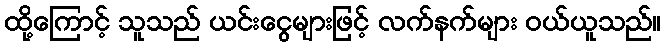
ထို့ကြောင့် သူသည် ယင်းငွေများဖြင့် လက်နက်များ ဝယ်ယူသည်။